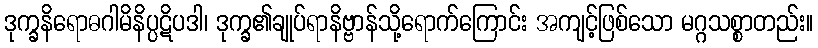
ဒုက္ခနိရောဓဂါမိနိပ္ပဋိပဒါ၊ ဒုက္ခ၏ချုပ်ရာနိဗ္ဗာန်သို့ရောက်ကြောင်း အကျင့်ဖြစ်သော မဂ္ဂသစ္စာတည်း။